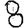
Digit: 8